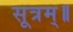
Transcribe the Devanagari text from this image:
सूत्रम्॥